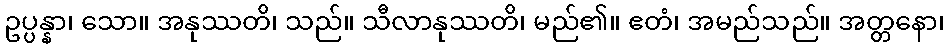
ဥပ္ပန္နာ၊ သော။ အနုဿတိ၊ သည်။ သီလာနုဿတိ၊ မည်၏။ ဧတံ၊ အမည်သည်။ အတ္တနော၊